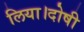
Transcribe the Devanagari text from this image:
लिया।दोषी